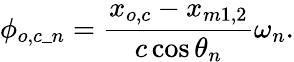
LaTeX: \phi_{o,c\_ n}=\frac{x_{o,c}-x_{m1,2}}{c\cos{\theta_{n}}}\omega_{n}.